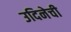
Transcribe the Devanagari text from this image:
उदिनेची